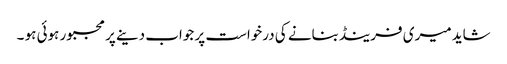
شاید میری فرینڈبنانے کی درخواست پر جواب دینے پر مجبور ہوئی ہو ۔